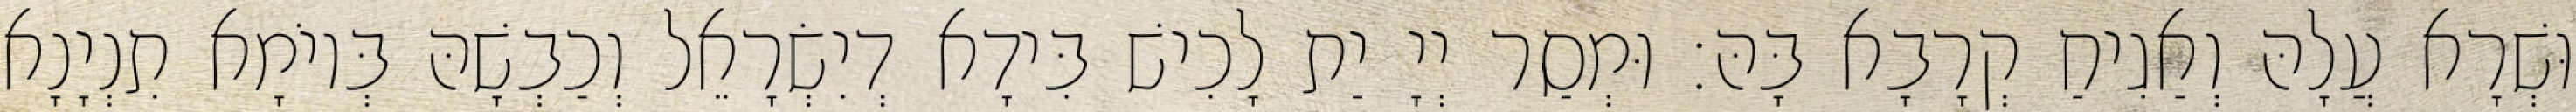
וּשְׁרָא עֲלָהּ וְאַגִיחַ קְרָבָא בָּהּ׃ וּמְסַר יְיָ יַת לָכִישׁ בִּידָא דְיִשְׂרָאֵל וְכַבְשָׁהּ בְּיוֹמָא תִנְיָנָא